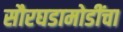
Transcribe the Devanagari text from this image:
सौरघडामोडींचा